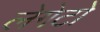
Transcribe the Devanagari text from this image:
लेगेटो